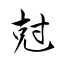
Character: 尅